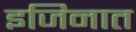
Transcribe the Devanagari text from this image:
इजिनात